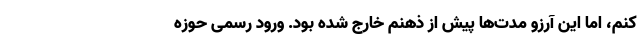
کنم، اما این آرزو مدت‌ها پیش از ذهنم خارج شده بود. ورود رسمی حوزه